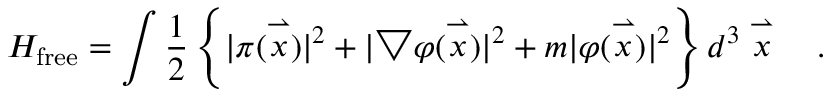
H _ { \mathrm { f r e e } } = \int \frac { 1 } { 2 } \left\{ | \pi ( \stackrel { \rightharpoonup } { x } ) | ^ { 2 } + | \bigtriangledown \varphi ( \stackrel { \rightharpoonup } { x } ) | ^ { 2 } + m | \varphi ( \stackrel { \rightharpoonup } { x } ) | ^ { 2 } \right\} d ^ { 3 } \stackrel { \rightharpoonup } { x } \ \ \ .